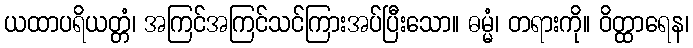
ယထာပရိယတ္တံ၊ အကြင်အကြင်သင်ကြားအပ်ပြီးသော။ ဓမ္မံ၊ တရားကို။ ဝိတ္ထာရေန၊